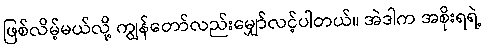
ဖြစ်လိမ့်မယ်လို့ ကျွန်တော်လည်းမျှော်လင့်ပါတယ်။ အဲဒါက အစိုးရရဲ့